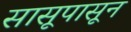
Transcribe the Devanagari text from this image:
सासूपासून